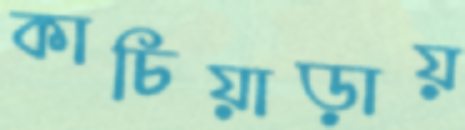
কাচিয়াড়ায়